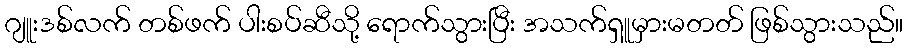
ဂျူးဒစ်လက် တစ်ဖက် ပါးစပ်ဆီသို့ ရောက်သွားပြီး အသက်ရှူမှားမတတ် ဖြစ်သွားသည်။